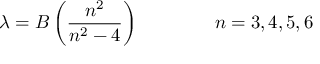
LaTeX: \lambda = B \left( { \frac { n ^ { 2 } } { n ^ { 2 } - 4 } } \right) \qquad \qquad n = 3 , 4 , 5 , 6